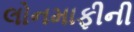
લોનમાફીની